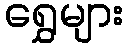
ရွှေများ